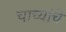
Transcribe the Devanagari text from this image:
चाच्यांचे